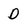
Character: D